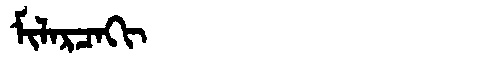
Manchu: ᠮᡳᠯᠠᡵᠴᠠᡴᡳ
Romanization: MILARCAKI